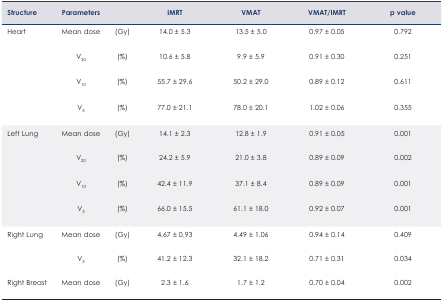
<table><thead><tr><td><b>Structure</b></td><td><b>Parameters</b></td><td></td><td><b>IMRT</b></td><td><b>VMAT</b></td><td><b>VMAT/IMRT</b></td><td><b>p value</b></td></tr></thead><tbody><tr><td rowspan="4">Heart</td><td>Mean dose</td><td>(Gy)</td><td>14.0 ± 5.3</td><td>13.5 ± 5.0</td><td>0.97 ± 0.05</td><td>0.792</td></tr><tr><td>V<sub>30</sub></td><td>(%)</td><td>10.6 ± 5.8</td><td>9.9 ± 5.9</td><td>0.91 ± 0.30</td><td>0.251</td></tr><tr><td>V<sub>10</sub></td><td>(%)</td><td>55.7 ± 29.6</td><td>50.2 ± 29.0</td><td>0.89 ± 0.12</td><td>0.611</td></tr><tr><td>V<sub>5</sub></td><td>(%)</td><td>77.0 ± 21.1</td><td>78.0 ± 20.1</td><td>1.02 ± 0.06</td><td>0.355</td></tr><tr><td rowspan="4">Left Lung</td><td>Mean dose</td><td>(Gy)</td><td>14.1 ± 2.3</td><td>12.8 ± 1.9</td><td>0.91 ± 0.05</td><td>0.001</td></tr><tr><td>V<sub>20</sub></td><td>(%)</td><td>24.2 ± 5.9</td><td>21.0 ± 3.8</td><td>0.89 ± 0.09</td><td>0.002</td></tr><tr><td>V<sub>10</sub></td><td>(%)</td><td>42.4 ± 11.9</td><td>37.1 ± 8.4</td><td>0.89 ± 0.09</td><td>0.001</td></tr><tr><td>V<sub>5</sub></td><td>(%)</td><td>66.0 ± 15.5</td><td>61.1 ± 18.0</td><td>0.92 ± 0.07</td><td>0.001</td></tr><tr><td rowspan="2">Right Lung</td><td>Mean dose</td><td>(Gy)</td><td>4.67 ± 0.93</td><td>4.49 ± 1.06</td><td>0.94 ± 0.14</td><td>0.409</td></tr><tr><td>V<sub>5</sub></td><td>(%)</td><td>41.2 ± 12.3</td><td>32.1 ± 18.2</td><td>0.71 ± 0.31</td><td>0.034</td></tr><tr><td>Right Breast</td><td>Mean dose</td><td>(Gy)</td><td>2.3 ± 1.6</td><td>1.7 ± 1.2</td><td>0.70 ± 0.04</td><td>0.002</td></tr></tbody></table>